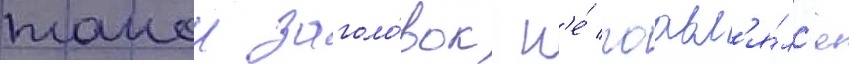
такои заголо́вок н'е́ поавл'я́лс'я